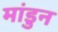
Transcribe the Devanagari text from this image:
मांडुन